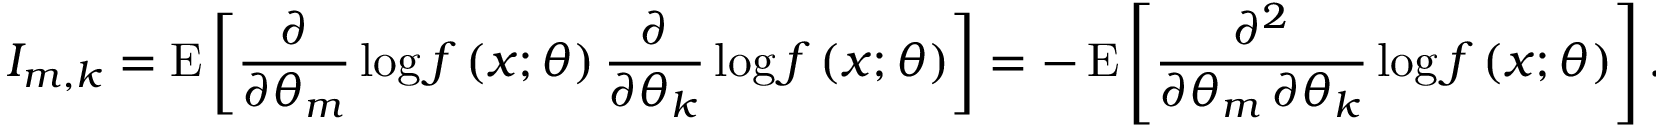
I _ { m , k } = \operatorname { E } \left[ { \frac { \partial } { \partial \theta _ { m } } } \log f \left( x ; { \boldsymbol { \theta } } \right) { \frac { \partial } { \partial \theta _ { k } } } \log f \left( x ; { \boldsymbol { \theta } } \right) \right] = - \operatorname { E } \left[ { \frac { \partial ^ { 2 } } { \partial \theta _ { m } \, \partial \theta _ { k } } } \log f \left( x ; { \boldsymbol { \theta } } \right) \right] .